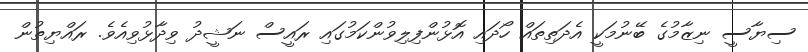
ސިޔާސީ ނިޒާމުގެ ބޭނުމަކީ އެދަތިތައް ހޯދައި އޮޅުންފިލިވުންކަމުގައި ރައީސް ނަޝީދު ވިދާޅުވިއެވެ. ރައްޔިތުން